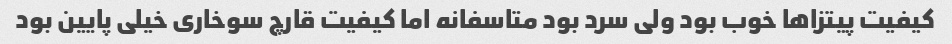
کیفیت پیتزاها خوب بود ولی سرد بود متاسفانه اما کیفیت قارچ سوخاری خیلی پایین بود